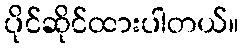
ပိုင်ဆိုင်ထားပါတယ်။